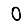
Digit: 0